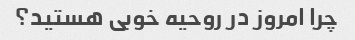
چرا امروز در روحیه خوبی هستید؟